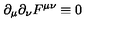
\partial _ { \mu } \partial _ { \nu } F ^ { \mu \nu } \equiv 0